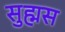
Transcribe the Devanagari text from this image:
सुह्मस